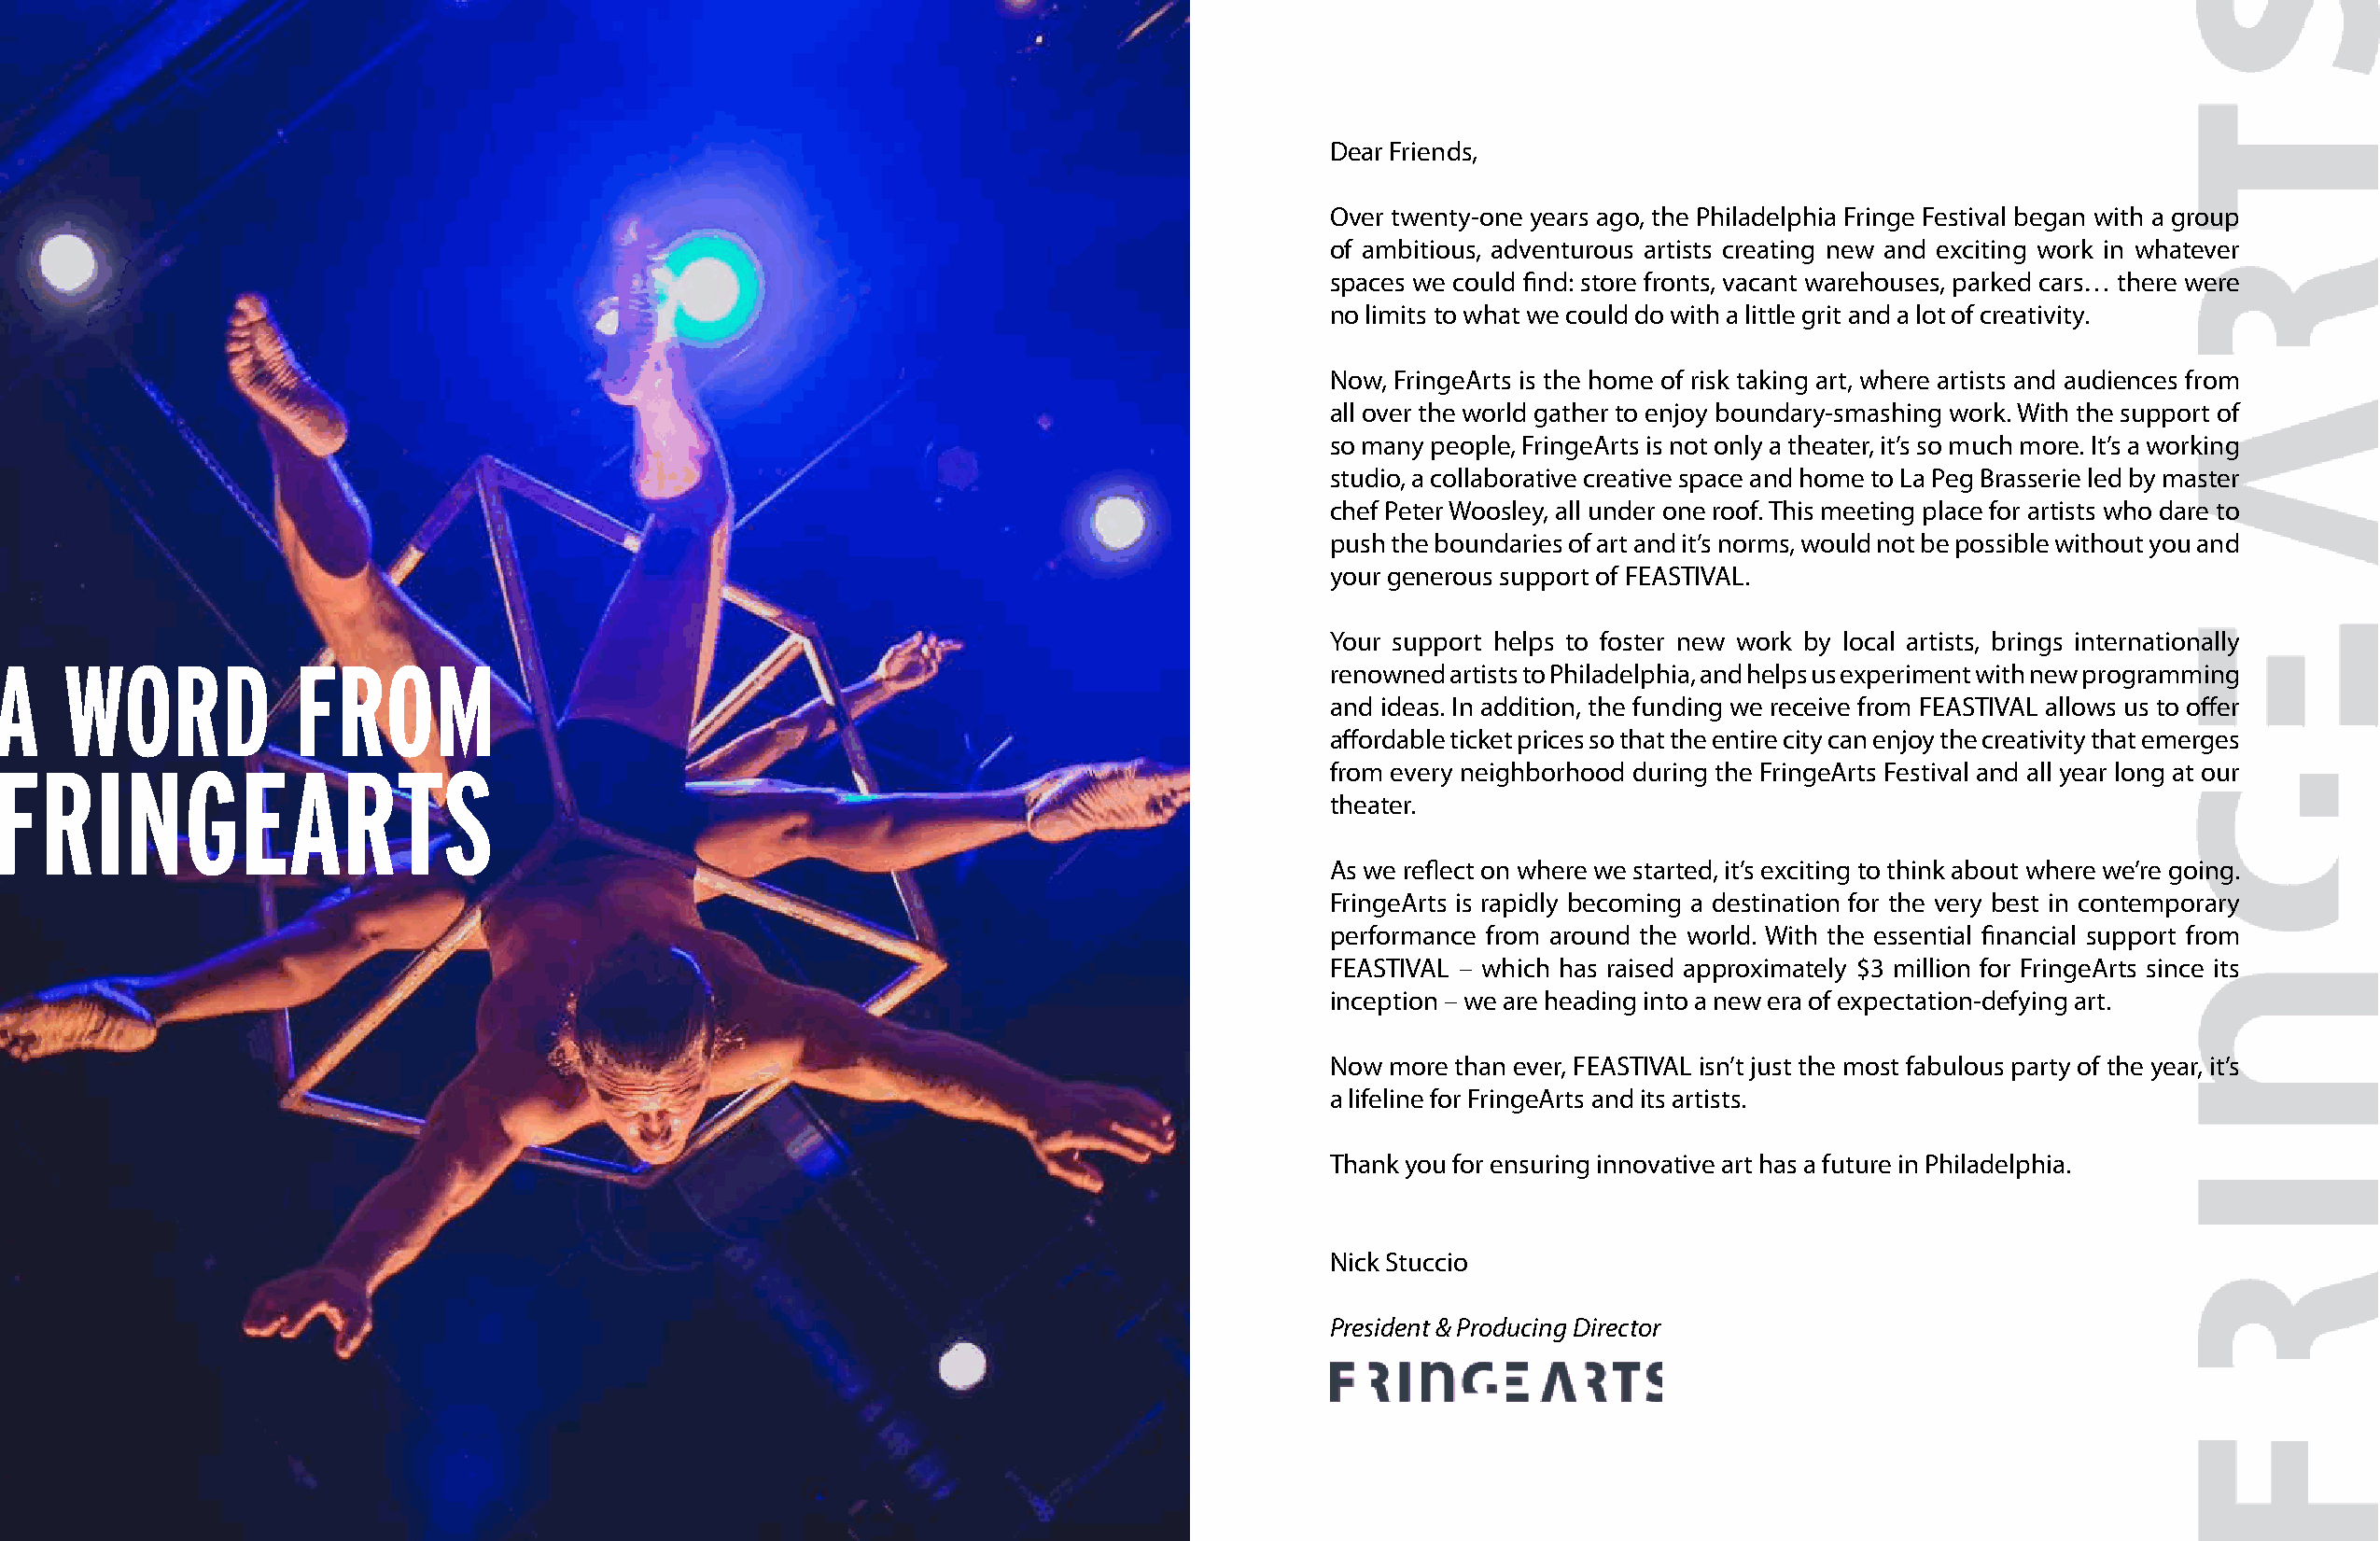
Dear Friends,
 Over twenty-one years ago, the Philadelphia Fringe Festival began with a group
 of ambitious, adventurous artists creating new and exciting work in whatever
 spaces we could find: store fronts, vacant warehouses, parked cars… there were
 no limits to what we could do with a little grit and a lot of creativity.
 Now, FringeArts is the home of risk taking art, where artists and audiences from
 all over the world gather to enjoy boundary-smashing work. With the support of
 so many people, FringeArts is not only a theater, it’s so much more. It’s a working
 studio, a collaborative creative space and home to La Peg Brasserie led by master
 chef Peter Woosley, all under one roof. This meeting place for artists who dare to
 push the boundaries of art and it’s norms, would not be possible without you and
 your generous support of FEASTIVAL.
 Your support helps to foster new work by local artists, brings internationally
 renowned artists to Philadelphia, and helps us experiment with new programming
 and ideas. In addition, the funding we receive from FEASTIVAL allows us to offer
 affordable ticket prices so that the entire city can enjoy the creativity that emerges
 from every neighborhood during the FringeArts Festival and all year long at our
 theater.
 As we reflect on where we started, it’s exciting to think about where we’re going.
 FringeArts is rapidly becoming a destination for the very best in contemporary
 performance from around the world. With the essential financial support from
 FEASTIVAL – which has raised approximately $3 million for FringeArts since its
 inception – we are heading into a new era of expectation-defying art.
 Now  more than ever, FEASTIVAL isn’t just the most fabulous party of the year, it’s
 a lifeline for FringeArts and its artists.
 Thank you for ensuring innovative art has a future in Philadelphia.
 Nick Stuccio
 President & Producing Director